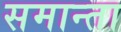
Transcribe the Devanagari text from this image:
समान्ता